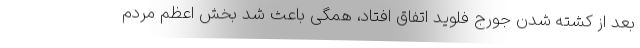
بعد از کشته شدن جورج فلوید اتفاق افتاد، همگی باعث شد بخش اعظم مردم